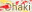
Dhaki